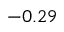
- 0 . 2 9